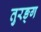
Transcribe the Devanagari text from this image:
तुरङ्ग